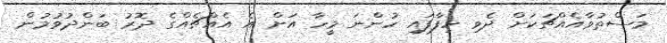
މަސްތުވާއެއްޗަކަށް ދެވި ހިފާފައި ހުންނަ މީހާ އަށް އެ އެއްޗެއްގެ ދޮރު ބަންދުވުމުން